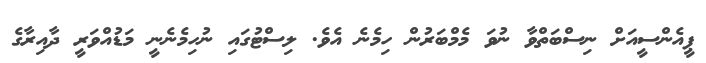
ޕީއެންސީއަށް ނިސްބަތްވާ ނުވަ މެމްބަރުން ހިމެނެ އެވެ. ލިސްޓުގައި ނުހިމެނެނީ މަޑުއްވަރީ ދާއިރާގެ